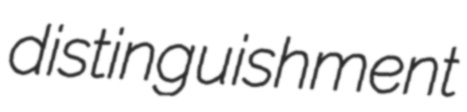
distinguishment